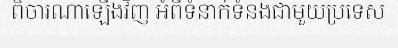
ពិចារណាឡើងវិញ អំពីទំនាក់ទំនងជាមួយប្រទេស